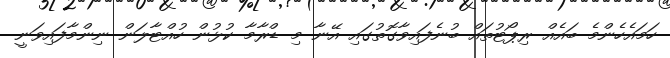
ހަމައެހެންމެ ބައެއް ރިޕޯޓުތައް ބުނެފައިވާގޮތުގައި އޭނާ މި ޑްރާމާ ކުޅުން ހުއްޓާލަން ނިންމާފައިވަނީ